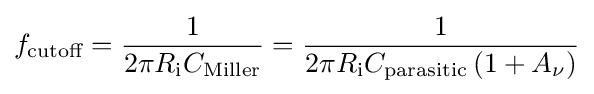
f_{\text{cutoff}}={1 \over 2\pi R_{\text{i}}C_{\text{Miller}}}={1 \over 2\pi R_{\text{i}}C_{\text{parasitic}}\,(1+A_{\nu })}